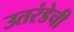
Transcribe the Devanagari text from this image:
उतरंडेची